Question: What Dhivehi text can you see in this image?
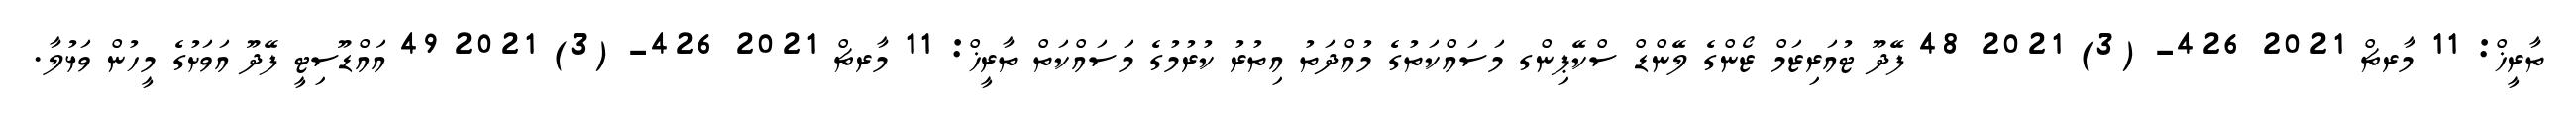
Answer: ތާރީޚް: 11 މާރޗް 2021 426- (3) 2021 48 ފޭދޫ ޓުއަރިޒަމް ޒޯންގެ ލޭންޑް ސްކޭޕިންގ މަސައްކަތުގެ މުއްދަތު އިތުރު ކުރުމުގެ މަސައްކަތް ތާރީޚް: 11 މާރޗް 2021 426- (3) 2021 49 އައްޑޫސިޓީ ފޭދޫ އަވަށުގެ މީހުން ވަޅުލާ.